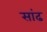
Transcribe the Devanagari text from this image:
सांढ